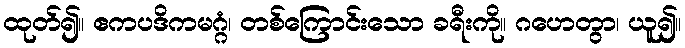
ထုတ်၍။ ဧကပဒိကမဂ္ဂံ၊ တစ်ကြောင်းသော ခရီးကို။ ဂဟေတွာ၊ ယူ၍။